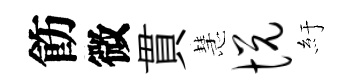
飭微貫慧悦紆